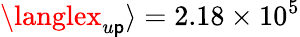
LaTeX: {\langlex_{u\mathsf{p}}\rangle}=2.18\times10^{5}